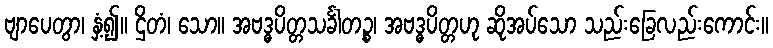
ဗျာပေတွာ၊ နှံ့၍။ ဌိတံ၊ သော။ အဗဒ္ဓပိတ္တသင်္ခါတဉ္စ၊ အဗဒ္ဓပိတ္တဟု ဆိုအပ်သော သည်းခြေလည်းကောင်း။